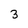
Character: 3